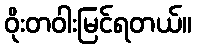
ဝိုးတဝါးမြင်ရတယ်။